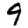
Digit: 9